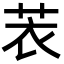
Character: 䒾